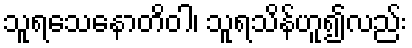
သူရသေနောတိဝါ၊ သူရသိန်ဟူ၍လည်း